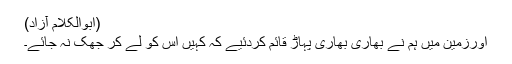
(ابوالکلام آزاد)
اورزمین میں ہم نے بھاری بھاری پہاڑ قائم کردئیے کہ کہیں اس کو لے کر جھک نہ جائے۔